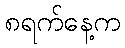
၈ရက်နေ့က